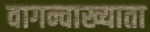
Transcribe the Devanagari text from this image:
वागन्वाख्याता